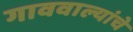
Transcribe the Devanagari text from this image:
गाववाल्यांचे